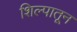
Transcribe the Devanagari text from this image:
शिल्पातून